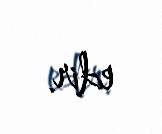
edir.